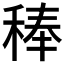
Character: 𮃉